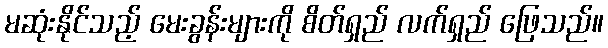
မဆုံးနိုင်သည့် မေးခွန်းများကို စိတ်ရှည် လက်ရှည် ဖြေသည်။